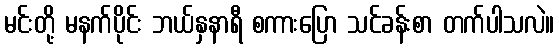
မင်းတို့ မနက်ပိုင်း ဘယ်နှနာရီ စကားပြော သင်ခန်းစာ တက်ပါသလဲ။